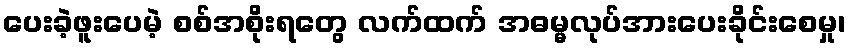
ပေးခဲ့ဖူးပေမဲ့ စစ်အစိုးရတွေ လက်ထက် အဓမ္မလုပ်အားပေးခိုင်းစေမှု၊